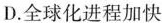
D.全球化进程加快